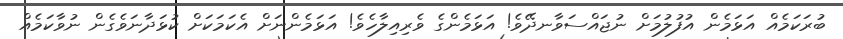
ބުރަކަމެއް އަޅަމެން އުފުލުމަށް ނުޖައްސަވާނދޭވެ! އަޅަމެންގެ ވެރިއިލާހެވެ! އަޅަމެންނަށް އެކަމަކަށް ކުޅަދާނަވެގެން ނުވާކަމެއް